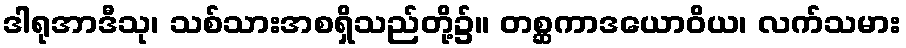
ဒါရုအာဒီသု၊ သစ်သားအစရှိသည်တို့၌။ တစ္ဆကာဒယောဝိယ၊ လက်သမား